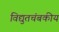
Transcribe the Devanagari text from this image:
विद्युतचंबकीय